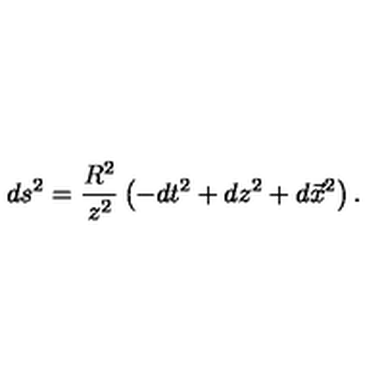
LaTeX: d s ^ { 2 } = \frac { R ^ { 2 } } { z ^ { 2 } } \left( - d t ^ { 2 } + d z ^ { 2 } + d \vec { x } ^ { 2 } \right) .